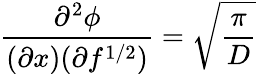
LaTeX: \frac{\partial^{2}{\phi}}{(\partial{x})(\partial{f^{1/2})}}=\sqrt{\frac{\pi}{D}}